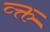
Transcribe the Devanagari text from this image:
व्क्त